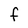
Character: F